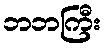
ဘဘကြီး